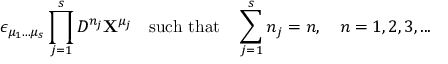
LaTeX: \epsilon _ { \mu _ { 1 } . . . \mu _ { s } } \prod _ { j = 1 } ^ { s } D ^ { n _ { j } } { \bf X } ^ { \mu _ { j } } \quad \mathrm { s u c h ~ t h a t } \quad \sum _ { j = 1 } ^ { s } n _ { j } = n , \quad n = 1 , 2 , 3 , . . .